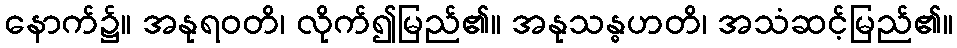
နောက်၌။ အနုရဝတိ၊ လိုက်၍မြည်၏။ အနုသန္ဓဟတိ၊ အသံဆင့်မြည်၏။